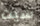
شيت